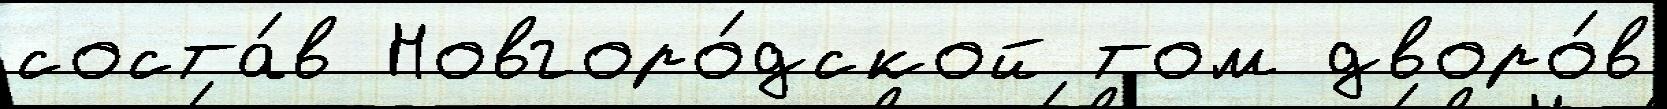
соста́в Новгоро́дской том дворо́в